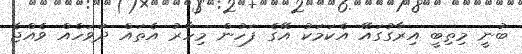
ބުނީ މިތިބީ އިރާގުގައޭ އެކަމަކު އޭގެ ފަހުން މިހާރު އެތައް ދުވަހެއް ވެއްޖެ